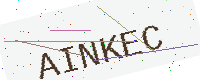
Text: AINKEC